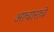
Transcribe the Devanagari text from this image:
आचाराचे